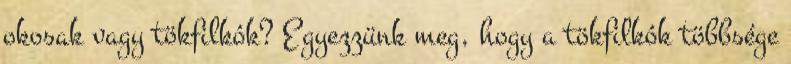
okosak vagy tökfilkók? Egyezzünk meg, hogy a tökfilkók többsége